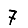
Digit: 7